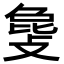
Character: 𫿅